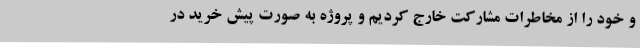
و خود را از مخاطرات مشارکت خارج کردیم و پروژه به صورت پیش خرید در